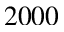
2 0 0 0